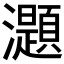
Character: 𤄭